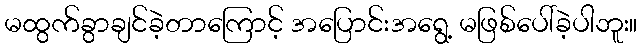
မထွက်ခွာချင်ခဲ့တာကြောင့် အပြောင်းအရွေ့ မဖြစ်ပေါ်ခဲ့ပါဘူး။